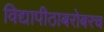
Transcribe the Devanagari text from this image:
विद्यापीठाबरोबरच